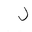
Letter: _lam